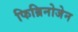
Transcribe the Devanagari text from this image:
फिब्रिनोजेन